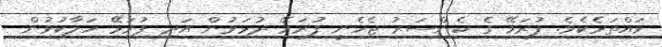
ވައްތަރެކެވެ. ފުރަމޭ ގެ ކެންސަރު ޖެހެނީ ފުރަމޭ ދުޅަވުން އަދި ފުރަމޭ ހަލާކުވުން